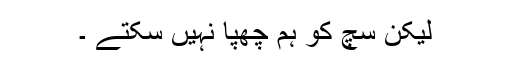
لیکن سچ کو ہم چھپا نہیں سکتے ۔